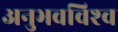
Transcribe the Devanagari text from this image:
अनुभवविश्‍व